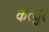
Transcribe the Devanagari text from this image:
कत्युर